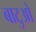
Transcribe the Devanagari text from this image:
बाटुओ